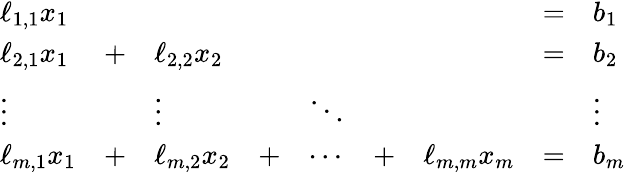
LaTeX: {\begin{array}{lllllllll}{\ell_{1,1}x_{1}}&&&&&&&{=}&{b_{1}}\\ {\ell_{2,1}x_{1}}&{+}&{\ell_{2,2}x_{2}}&&&&&{=}&{b_{2}}\\ {\vdots}&&{\vdots}&&{\ddots}&&&&{\vdots}\\ {\ell_{m,1}x_{1}}&{+}&{\ell_{m,2}x_{2}}&{+}&{\dotsb}&{+}&{\ell_{m,m}x_{m}}&{=}&{b_{m}}\end{array}}